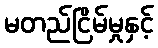
မတည်ငြိမ်မှုနှင့်